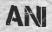
ANI